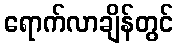
ရောက်လာချိန်တွင်